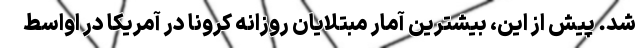
شد. پیش از این، بیشترین آمار مبتلایان روزانه کرونا در آمریکا در اواسط